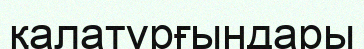
қалатұрғындары